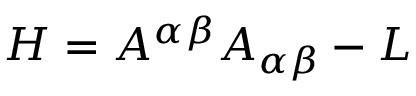
H = { \cal { A } } ^ { \alpha \beta } A _ { \alpha \beta } - L